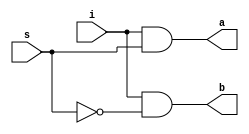
`timescale 1ns / 1ps

module demux_1x2(i,s,a,b);

    input i, s;
    output a, b;
	 and(a,i,s);
	 and(b,i,~s);

endmodule

module demux_1x4(i,s,s1,a,b,c,d);

	 input i, s, s1;
    output a, b, c, d;
	 wire w,w1;
    demux_1x2 demux1(i,s1,w,w1);
	 demux_1x2 demux2(w,s,a,b);
	 demux_1x2 demux3(w1,~s,c,d);

endmodule

module demux_1x8(i,s,s1,s2,a,b,c,d,e,f,g,h);

	 input i, s, s1, s2;
    output a, b, c, d ,e ,f, g, h;
    wire w,w1;
	 demux_1x2 demux1(i,s,w,w1);
	 demux_1x4 demux2(w,s1,s2,a,b,c,d);
 	 demux_1x4 demux3(w1,~s1,~s2,e,f,g,h);


endmodule